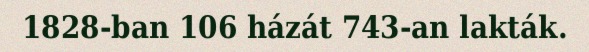
1828-ban 106 házát 743-an lakták.